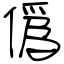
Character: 僞